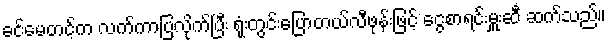
ခင်မေတင့်က လက်ကာပြလိုက်ပြီး ရုံးတွင်းပြောတယ်လီဖုန်းဖြင့် ငွေစာရင်းမှူးဆီ ဆက်သည်။